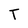
Character: T